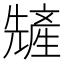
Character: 𫤢